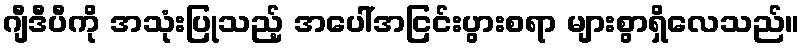
ဂျီဒီပီကို အသုံးပြုသည့် အပေါ်အငြင်းပွားစရာ များစွာရှိလေသည်။